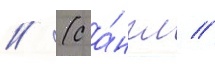
// (с а́нгл //